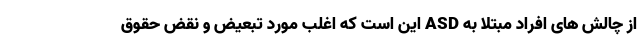
از چالش هایِ افراد مبتلا به ASD این است که اغلب مورد تبعیض و نقض حقوق